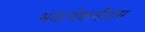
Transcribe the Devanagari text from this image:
भवत्येकनीडम